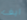
ايف